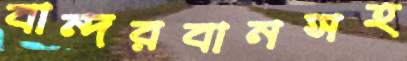
বান্দরবানসহ